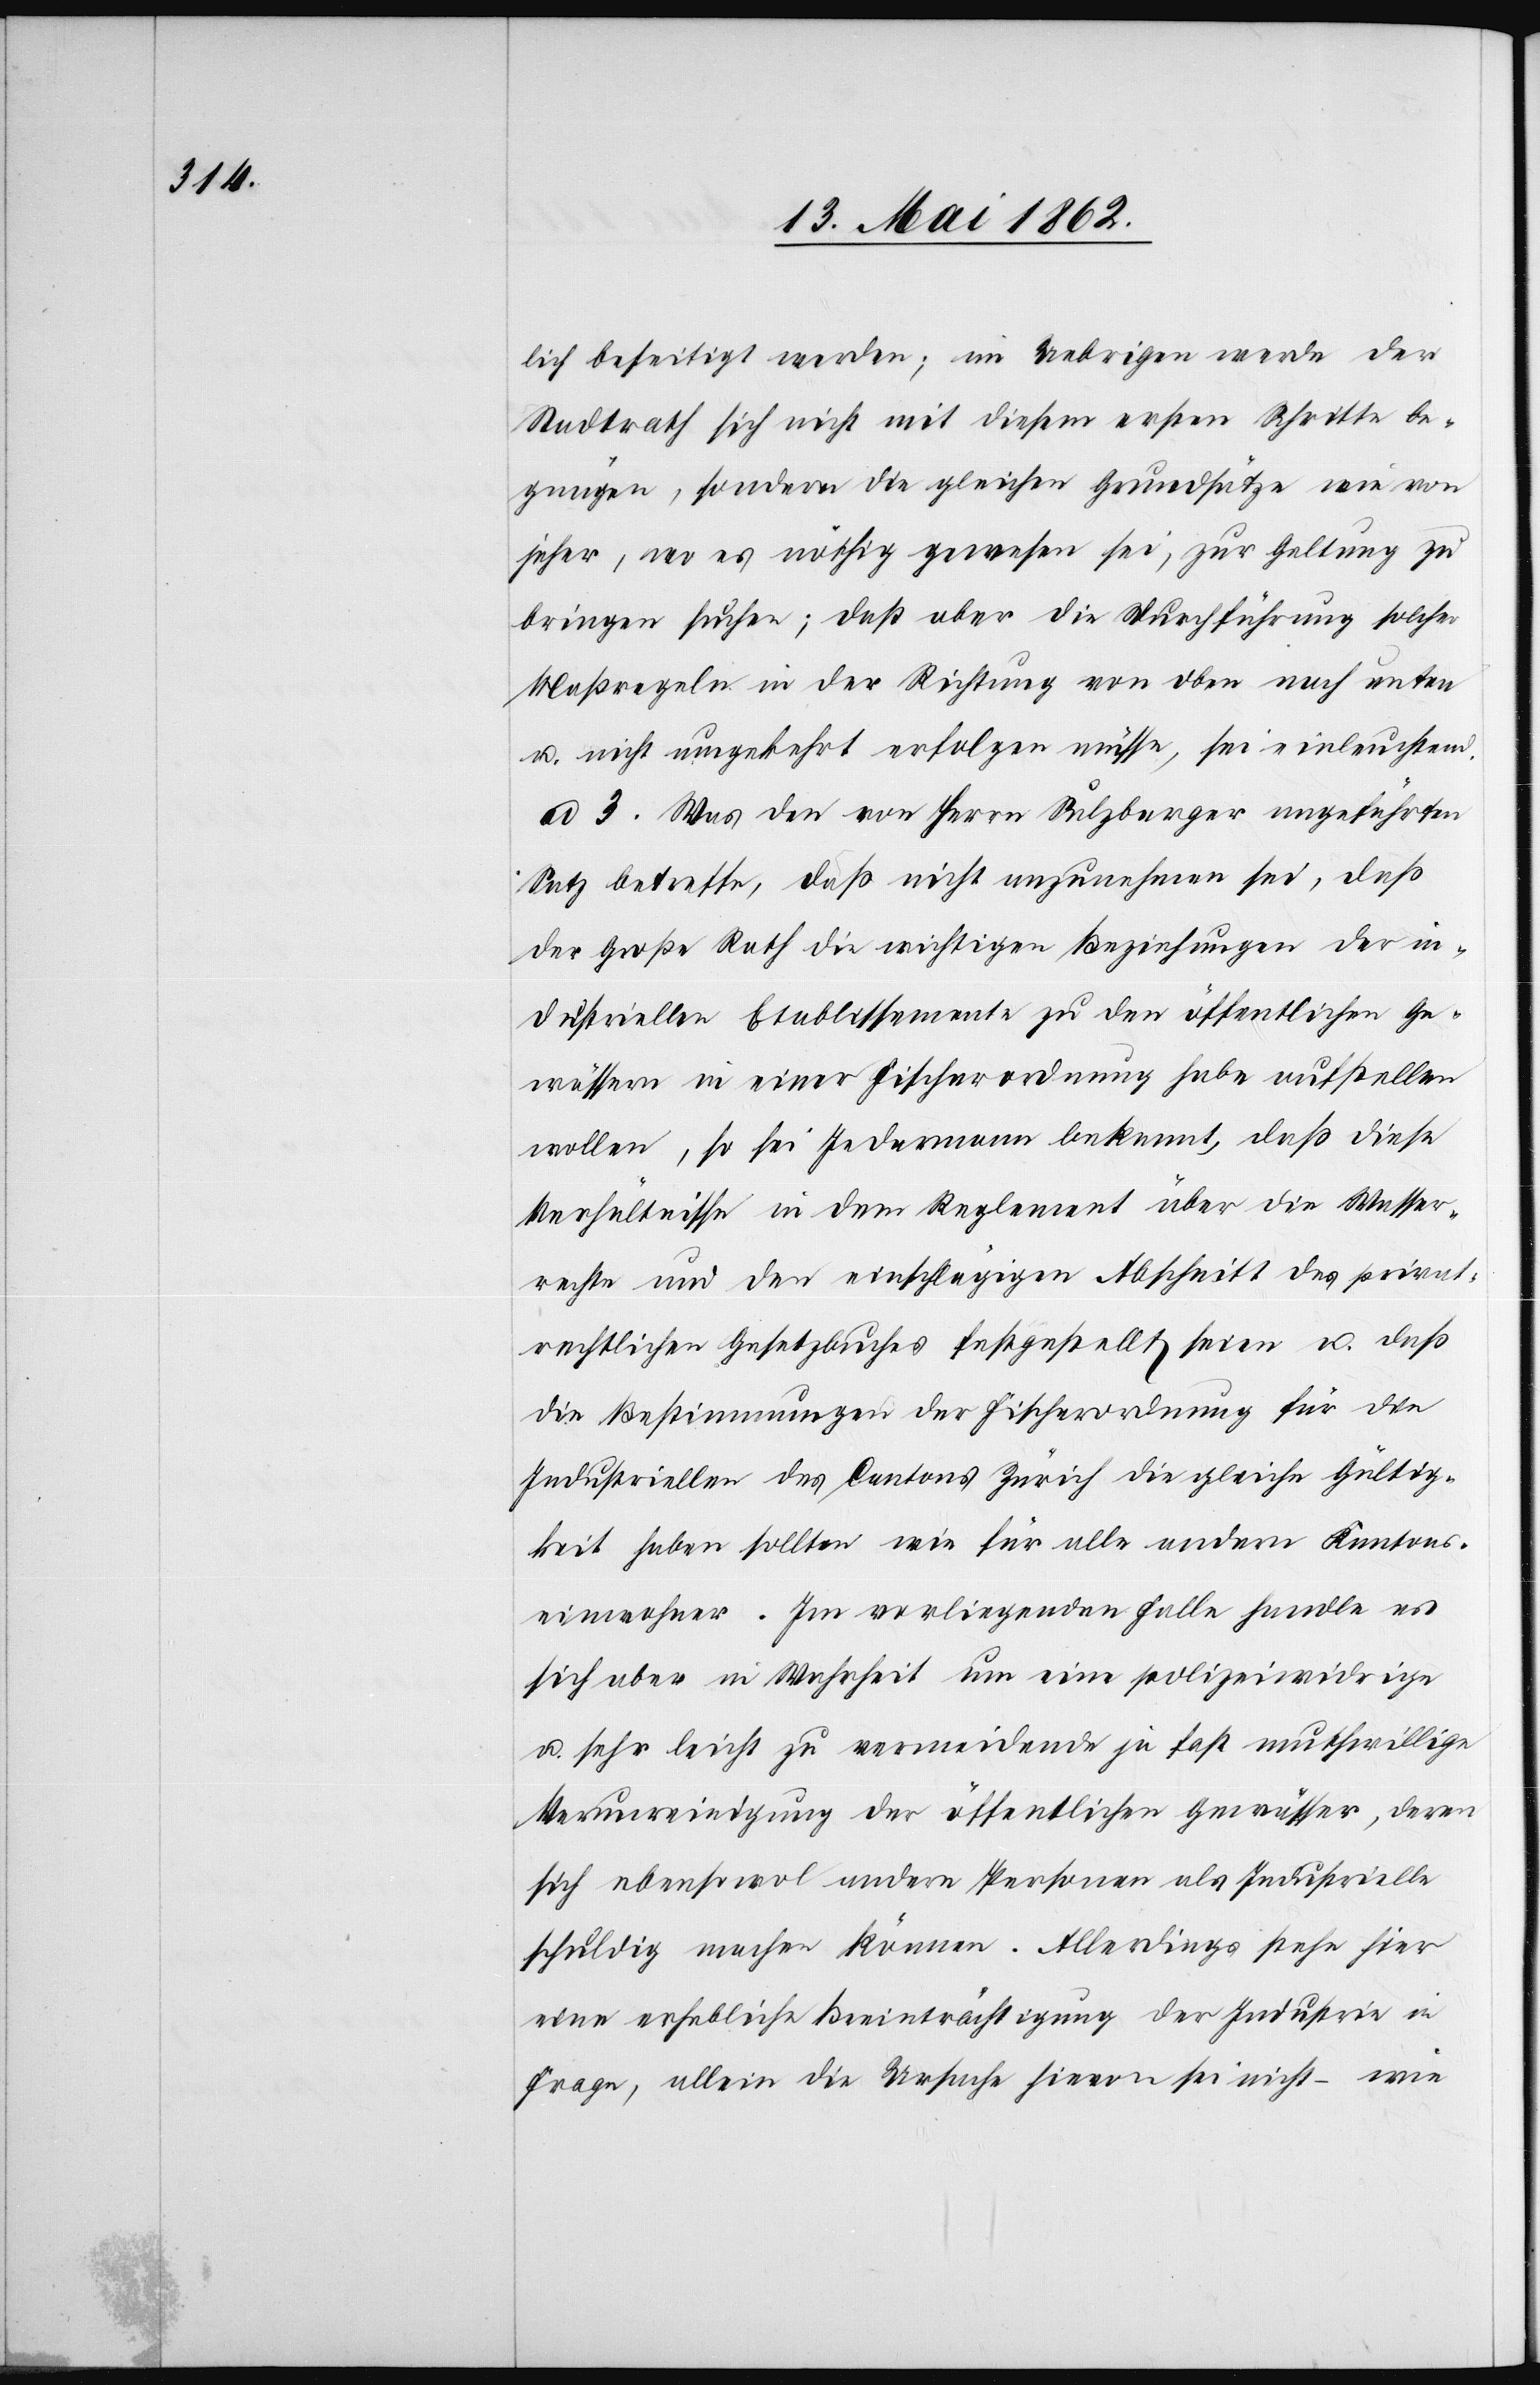
lich beseitigt werden; im Uebrigen werde der
Stadtrath sich nicht mit diesem ersten Schritte be¬
gnügen, wo es nöthig gewesen sei, zur Geltung zu
bringen suchen; daß aber die Durchführung solcher
Maßregeln in der Richtung von oben nach unten
u. nicht umgekehrt erfolgen müsse, sei einleuchtend.
ad 3. Was den von Herrn Sulzberger angeführten
Satz betreffe, daß nicht anzunehmen sei, daß
der Große Rath die wichtigen Beziehungen der in¬
dustriellen Etablissemente zu den öffentlichen Ge¬
wässern in einer Fischerordnung habe aufstellen
wollen, so sei Jedermann bekannt, daß diese
Verhältnisse in dem Reglement über die Wasser¬
rechte und den einschlägigen Abschnitt des privat¬
rechtlichen Gesetzbuches festgestellt seien u. daß
die Bestimmungen der Fischerordnung für die
Industriellen des Cantons Zürich die gleiche Gültig¬
keit haben sollten wie für alle andern Kantons¬
einwohner. Im vorliegenden Falle handle es
sich aber in Mehrheit um eine polizeiwidrige
u. sehr leicht zu vermeidende ja fast muthwillige
Verunreinigung der öffentlichen Gewässer, deren
sich ebensowol andere Personen als Industrielle
schuldig machen können. Allerdings stehe hier
eine erhebliche Beeinträchtigung der Industrie in
Frage, allein die Ursache hievon sei nicht – wie